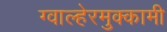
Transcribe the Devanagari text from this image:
ग्वाल्हेरमुक्कामी